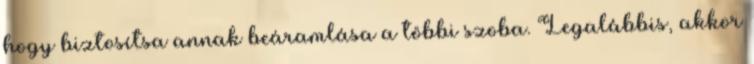
hogy biztosítsa annak beáramlása a többi szoba. Legalábbis, akkor